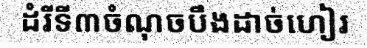
ដំរីទី៣ចំណុចបឹងដាច់ហៀរ